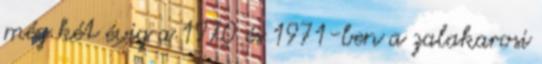
még két évig a 1970 és 1971-ben a zalakarosi